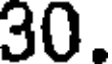
30.